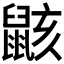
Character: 𱌎